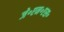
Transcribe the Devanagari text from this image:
जे॰एन॰एस॰